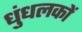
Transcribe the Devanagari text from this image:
धुंधलकों